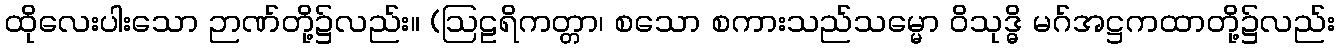
ထိုလေးပါးသော ဉာဏ်တို့၌လည်း။ (ဩဠရိကတ္တာ၊ စသော စကားသည်သမ္မော ဝိသုဒ္ဓိ မဂ်အဋ္ဌကထာတို့၌လည်း